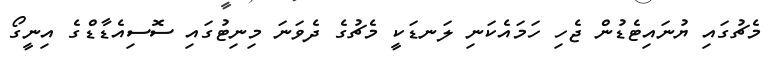
މެޗުގައި ޔުނައިޓެޑުން ޖެހި ހަމައެކަނި ލަނޑަކީ މެޗުގެ ދެވަނަ މިނިޓުގައި ސޮސިއެޑާޑްގެ އިނީގޯ